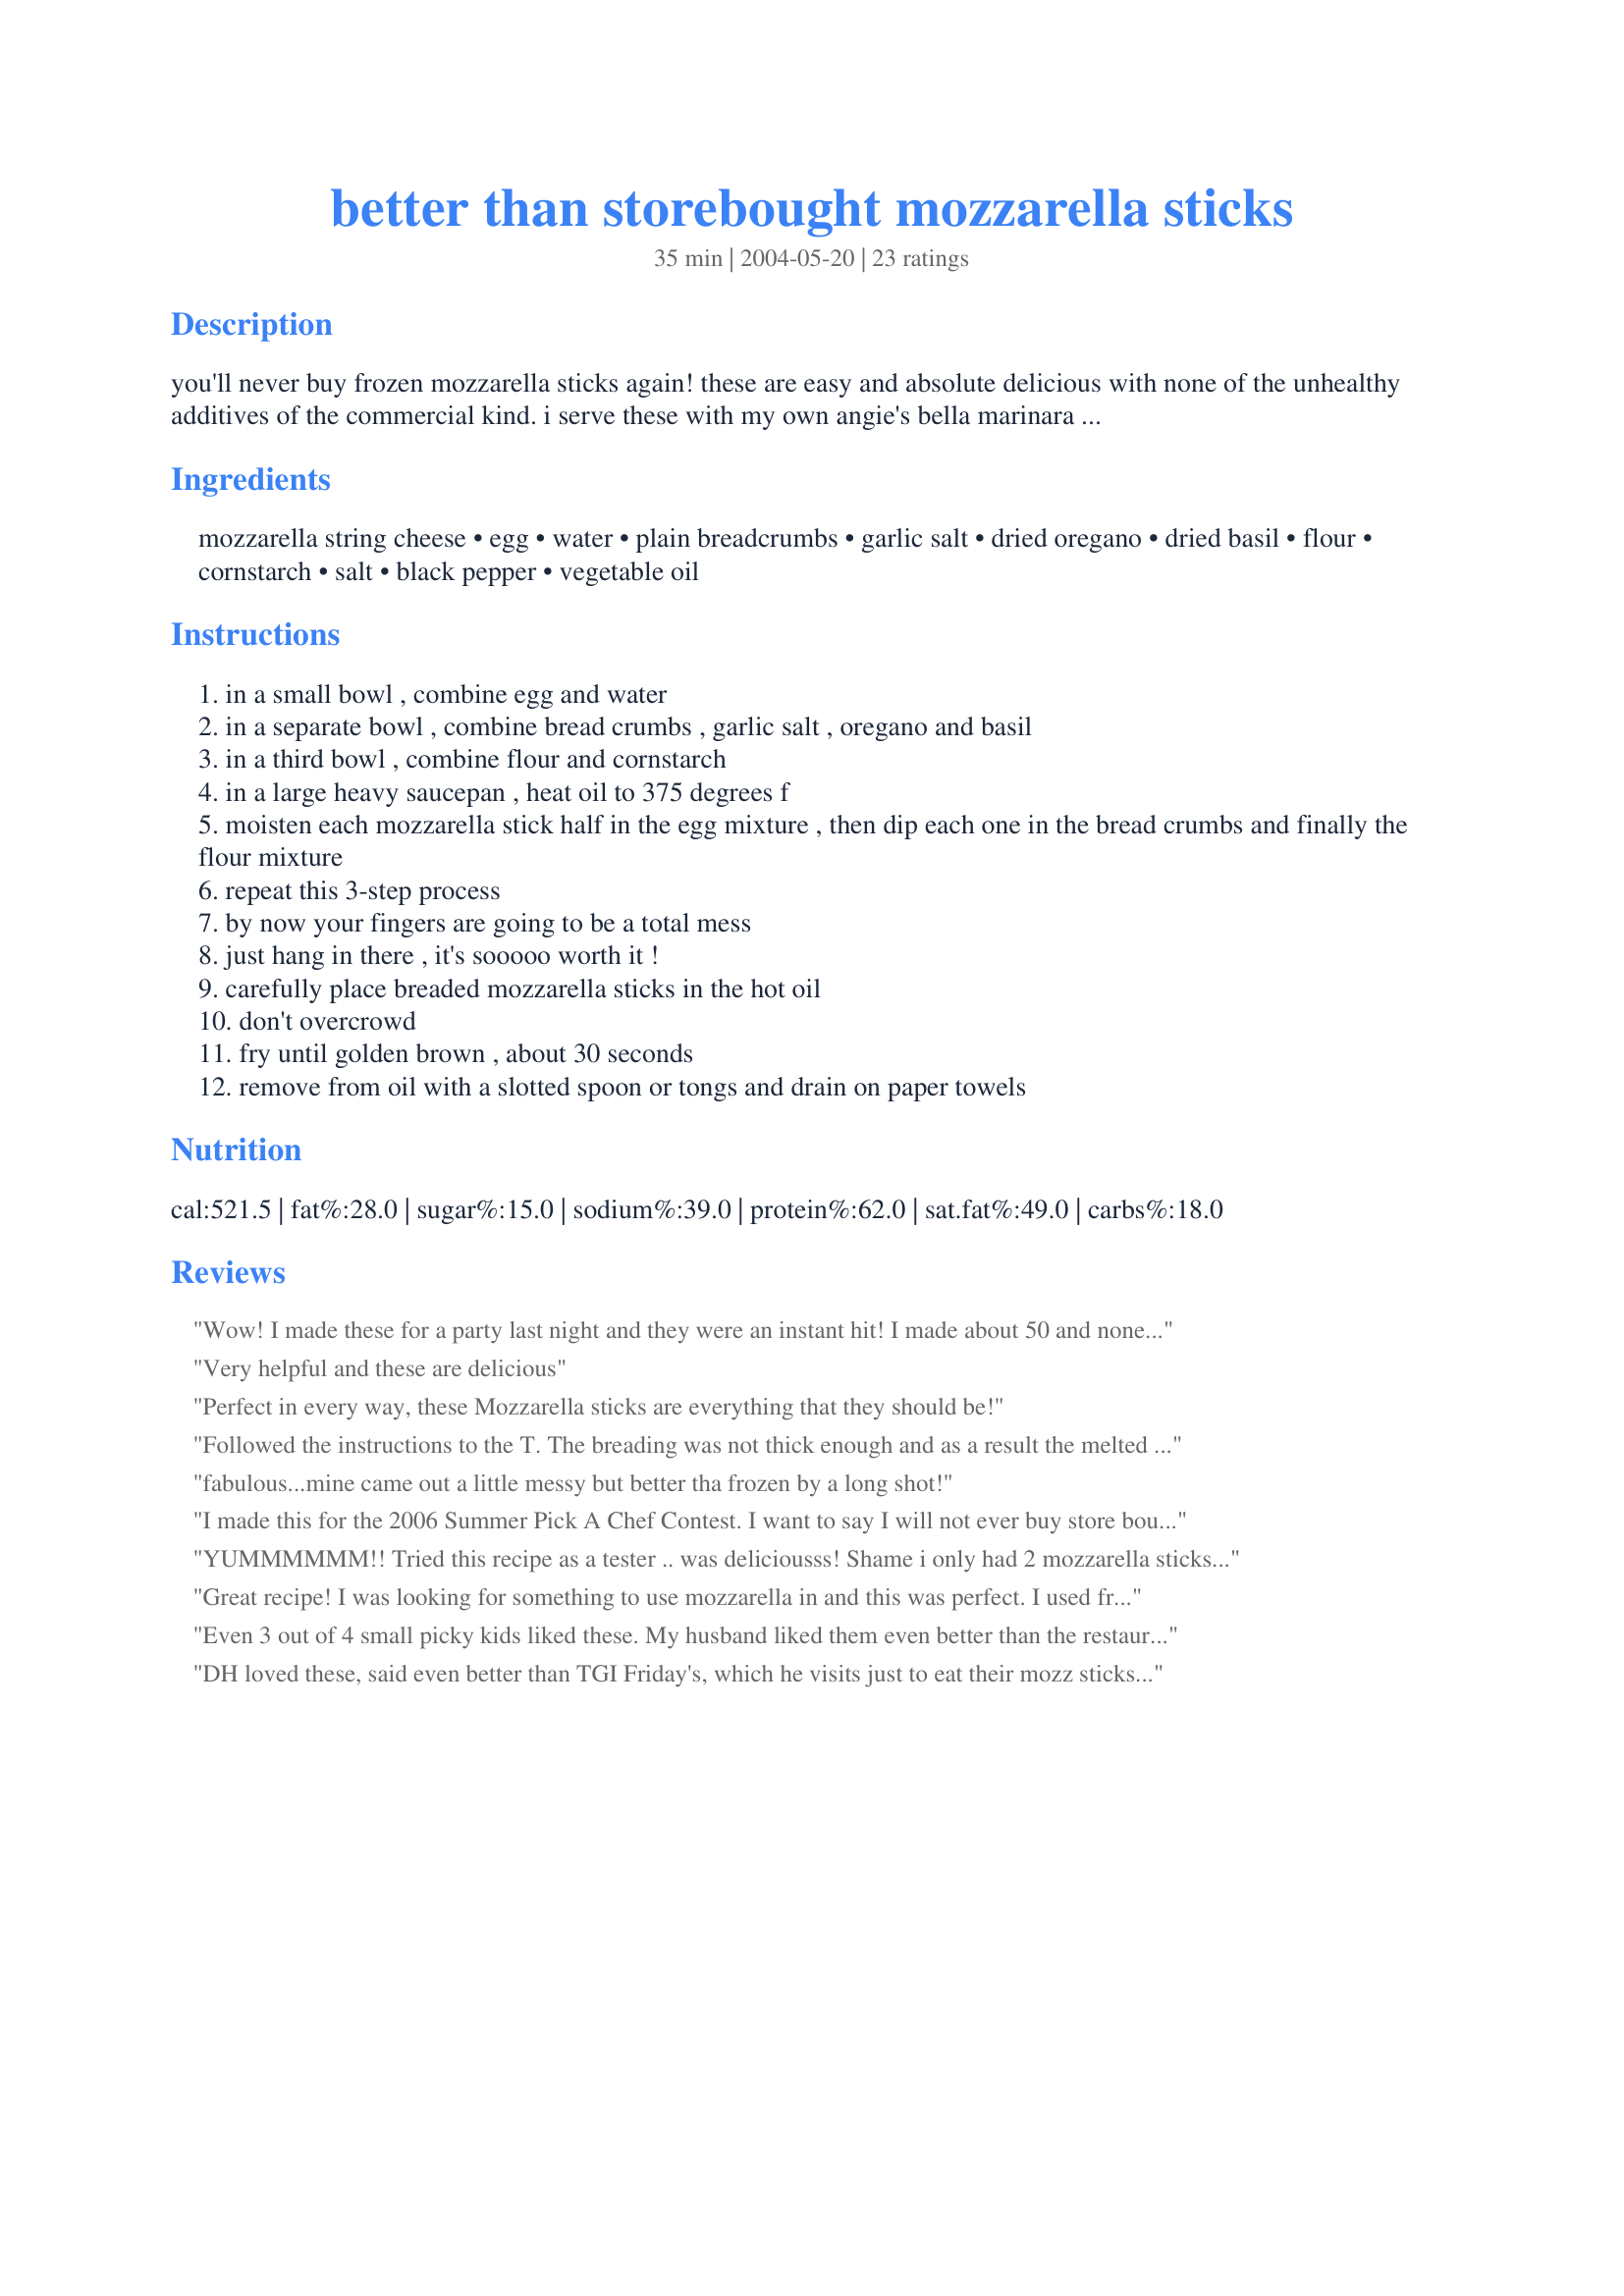
better than storebought mozzarella sticks
Preparation time: 35 minutes

you'll never buy frozen mozzarella sticks again! these are easy and absolute delicious with none of the unhealthy additives of the commercial kind. i serve these with my own angie's bella marinara sauce (with the spices punched up a little), but these would also be good with a creamy ranch-style dip. vary the herbs in the breading if you like, but i like this combination with the marinara sauce.

Ingredients:
mozzarella string cheese, egg, water, plain breadcrumbs, garlic salt, dried oregano, dried basil, flour, cornstarch, salt, black pepper, vegetable oil

Steps:
in a small bowl , combine egg and water
in a separate bowl , combine bread crumbs , garlic salt , oregano and basil
in a third bowl , combine flour and cornstarch
in a large heavy saucepan , heat oil to 375 degrees f
moisten each mozzarella stick half in the egg mixture , then dip each one in the bread crumbs and finally the flour mixture
repeat this 3-step process
by now your fingers are going to be a total mess
just hang in there , it's sooooo worth it !
carefully place breaded mozzarella sticks in the hot oil
don't overcrowd
fry until golden brown , about 30 seconds
remove from oil with a slotted spoon or tongs and drain on paper towels

Reviews:
Wow! I made these for a party last night and they were an instant hit! I made about 50 and none were left after about ten minutes! I did as Lacy S. suggested and dipped them twice in egg to fortify the coating, it working beautifully. My hands were a mess, but it was worth it! Thanks for a great one!
Very helpful and these are delicious
Perfect in every way, these Mozzarella sticks are everything that they should be!
Followed the instructions to the T. The breading was not thick enough and as a result the melted cheese went everywhere. They tasted very bland compared to store bought or restaurant mozzarella sticks and made me nauseated afterwards.
fabulous...mine came out a little messy but better tha frozen by a long shot!
I made this for the 2006 Summer Pick A Chef Contest. I want to say I will not ever buy store bought mozzorella sticks ever again!! The taste of the spices is just the right blend. I love the taste and the texture of these. I want to mention for other peoples benefit. When you cook these, they will darken when taken out of the oil, so becareful of how long you fry them. The second is I only had 4 mozzorella sticks so I used some sliced mozzorella from a block of cheese, and no that will not work. It will not stay formed as the sticks do, its just a blob on the plate. Thank you for sharing this recipe its a keeper!!
YUMMMMMM!! Tried this recipe as a tester .. was deliciousss! Shame i only had 2 mozzarella sticks .. still craving more! lol i love cheese! thankyou so much.
Great recipe! I was looking for something to use mozzarella in and this was perfect. I used fresh mozzarella and instead of doing sticks, I did small bit-size balls .. perfect for a snack or appetizer!!
Even 3 out of 4 small picky kids liked these. My husband liked them even better than the restaurants. Great and really easy to do.
DH loved these, said even better than TGI Friday's, which he visits just to eat their mozz sticks! Thanks for posting recipe!
these were good. i made them healthier by baking at 375 for 8 minutes instead of frying - omitted the flour/cornstarch layer, and used fiber one cereal as my breadcrumbs. but, these will definitely be made again and again now
These should be good. I say should because you have to use regular mozzarella cheese sticks. I used the reduced fat ones and they don't taste right. The breading is fine it is the cheese that didn't work. Use regular cheese sticks.
These were oh so good. My son and I love cheese sticks and these really hit the spot. Thanks a million!
Good. Used Italian breadcrumbs and skipped the extra herbs.
Excellent recipe! I used regular mozzarella rather than string cheese, and only had the seasoned bread crumbs but I doctored them up a tad anyway. First we tried the single dip method, but we all agreed that double breading was the way to go! Thank you for posting this!
Made these and took to a staff party. Everyone loved them. They would have been better hot but I warmed them and they were delicious. Easy to make also. That's always a plus..
These were really good- but I had a hard time with the coating- I had several crack open and leak into the fryer. I think next time I will cut the water down in the egg mixture or dust them in the flour cornstarch mixture before they go into the egg, too.
Delicious. Loved the way they turned out. Tried other recipes on this site but weren&#039;t very tasty. These were real tasty. Thank you for posting.
Excellent. I don't know why I tried to make them so hard before.


Wow! these were great!! I used light cheese sticks and they were still yummy. My toddler gobbled them up! I think next time I'll make an even bigger batch so I can have some to freeze. Thanks for posting :-)
awesome. simply awesome. we made them up ahead of time and just fried them when dinner was about to start. make sure the oil isn't TOO hot or they'll burn. '

these were a huge hit. i'll definitely make them again and again. 

we didn't have marinara sauce or ranch, but we did have seafood sauce, they were great with and without it. 

if you're thinking about trying them, do it! you'll be so happy you did. they're easy to make and great to eat. way better than any you can buy. we used part skim sticks, they melted fine. no problems.
These are so good and easy to make!! These just aren't better than storebought, these are better than restraunt!
Wow! These were so easy!! Not to mention extremely good. I made one exactly as you posted and the cheese just melted into a blob in the oil, the breading had hole in it. Soooo... I took a piece of the cheese dipped in egg mixture, then in the flour mixture, back in the egg mixture, then into the bread crumb mixture. I placed all of them on a wax paper covered cookie sheet and placed them in the freezer for about 15 minutes. Then I took them out of the freezer and cooked them in the oil for about 30-45 seconds. Then turned out great!! Thanks for posting!
